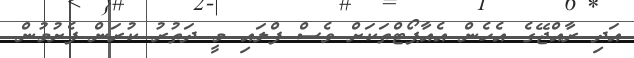
އަދި ރާއްޖޭގެ އެހެން އެއާޕޯޓްތަކަށް ވެސް ފްލައި މީ ދަތުރު ކުރަން ފެށުމުން